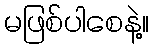
မဖြစ်ပါစေနဲ့။